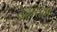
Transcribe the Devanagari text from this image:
वेल्लत्तम